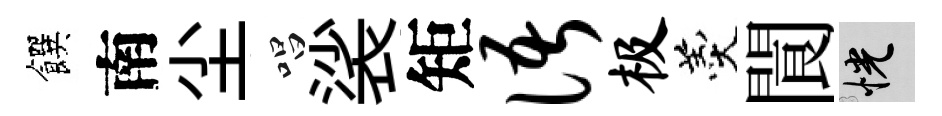
饌南尘唱裟矩语极羹閬恍